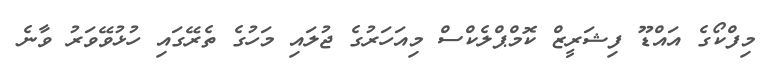
މިފްކޯގެ އައްޑޫ ފިޝަރީޒް ކޮމްޕްލެކްސް މިއަހަރުގެ ޖުލައި މަހުގެ ތެރޭގައި ހުޅުވޭވަރު ވާނެ